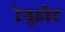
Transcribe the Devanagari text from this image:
रेनुडोट